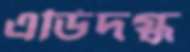
এডিদগ্ধ